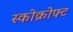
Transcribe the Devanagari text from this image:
स्कोक्रोफ्ट